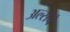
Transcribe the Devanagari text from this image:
अल्सेचे